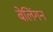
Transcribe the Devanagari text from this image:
बेलिंगन